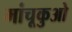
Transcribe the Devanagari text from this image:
मांचूकुओ